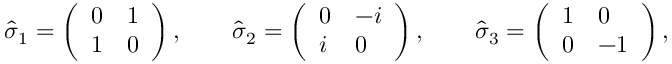
{ \widehat { \boldsymbol { \sigma } } } _ { 1 } = \left( \begin{array} { l l } { 0 } & { 1 } \\ { 1 } & { 0 } \end{array} \right) , \qquad { \widehat { \boldsymbol { \sigma } } } _ { 2 } = \left( \begin{array} { l l } { 0 } & { - i } \\ { i } & { 0 } \end{array} \right) , \qquad { \widehat { \boldsymbol { \sigma } } } _ { 3 } = \left( \begin{array} { l l } { 1 } & { 0 } \\ { 0 } & { - 1 } \end{array} \right) ,